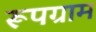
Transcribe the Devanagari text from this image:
रूपग्राम